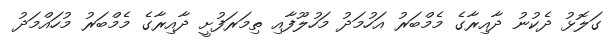
ގަލޮޅު ދެކުނު ދާއިރާގެ މެމްބަރު އަހުމަދު މަހުލޫފާއި ތިމަރަފުށީ ދާއިރާގެ މެމްބަރު މުހައްމަދު